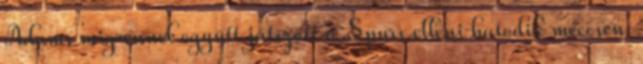
Adams migrénnel együtt játszott a Spurs elleni hatodik meccsen.